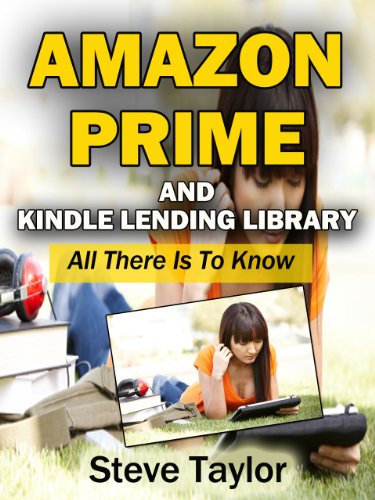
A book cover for Amazon Prime and Kindle Lending Library. All There is to Know; Steve Taylor; Computers & Technology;